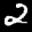
Label: 2